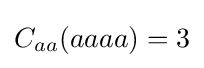
C_{aa}(aaaa)=3